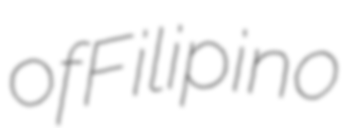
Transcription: of Filipino